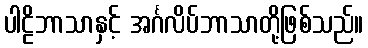
ပါဠိဘာသာနှင့် အင်္ဂလိပ်ဘာသာတို့ဖြစ်သည်။